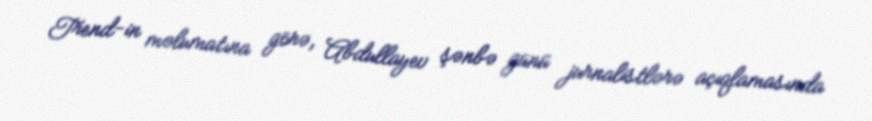
Trend-in məlumatına görə, Abdullayev şənbə günü jurnalistlərə açıqlamasında